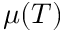
\mu ( T )